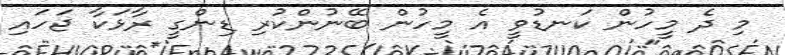
މި ދެ މީހުން ކަނޑުވީ އެ މީހުން ބޭނުންކުރި ޑިންގީ ރާޅަކާ ޖަހައި